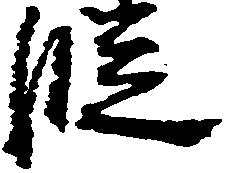
段